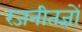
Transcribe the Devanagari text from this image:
रजनीतज्ञों